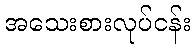
အသေးစားလုပ်ငန်း